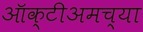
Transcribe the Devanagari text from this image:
ऑक्टीअमच्या